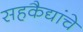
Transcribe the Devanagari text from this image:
सहकैद्यांचे